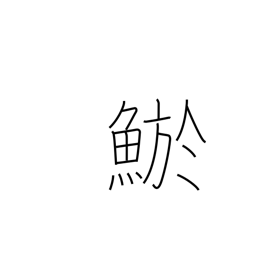
Meaning: loach